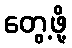
တွေ့ဖို့